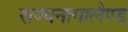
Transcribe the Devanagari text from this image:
राज्यनागालैण्ड